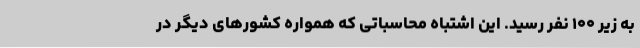
به زیر ۱۰۰ نفر رسید. این اشتباه محاسباتی که همواره کشورهای دیگر در